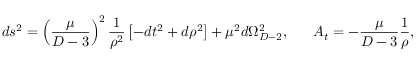
d s ^ { 2 } = \left( { \frac { \mu } { D - 3 } } \right) ^ { 2 } { \frac { 1 } { \rho ^ { 2 } } } \left[ - d t ^ { 2 } + d \rho ^ { 2 } \right] + \mu ^ { 2 } d \Omega _ { D - 2 } ^ { 2 } , \ \ \ \ \ A _ { t } = - { \frac { \mu } { D - 3 } } { \frac { 1 } { \rho } } ,